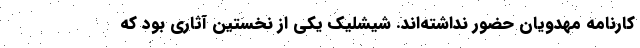
کارنامه مهدویان حضور نداشته‌اند. شیشلیک یکی از نخستین آثاری بود که